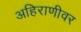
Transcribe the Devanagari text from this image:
अहिराणीवर